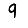
Digit: 9